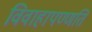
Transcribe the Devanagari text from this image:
विवाहापण्णति